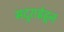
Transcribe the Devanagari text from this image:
मदुराईहून